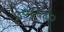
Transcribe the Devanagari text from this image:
३०८६४०